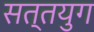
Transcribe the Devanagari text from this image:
सत्तयुग